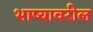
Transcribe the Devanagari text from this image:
भाष्यावरील